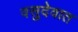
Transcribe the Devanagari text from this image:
वसुदेवात